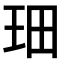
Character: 𤤦